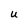
Character: U